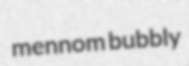
mennom bubbly